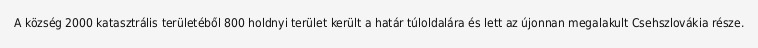
A község 2000 katasztrális területéből 800 holdnyi terület került a határ túloldalára és lett az újonnan megalakult Csehszlovákia része.